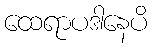
ထေရာပဒါနေပိ